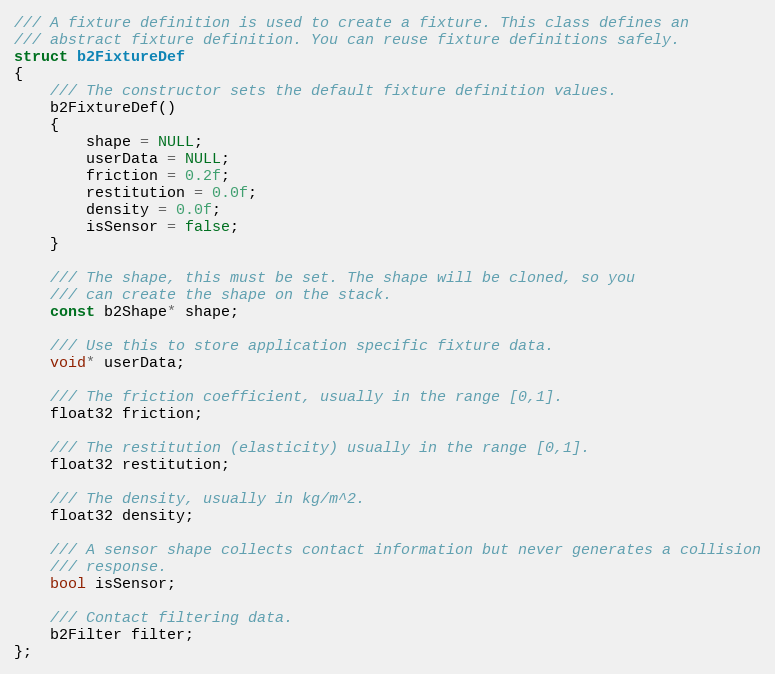
Language: C
/// A fixture definition is used to create a fixture. This class defines an
/// abstract fixture definition. You can reuse fixture definitions safely.
struct b2FixtureDef
{
	/// The constructor sets the default fixture definition values.
	b2FixtureDef()
	{
		shape = NULL;
		userData = NULL;
		friction = 0.2f;
		restitution = 0.0f;
		density = 0.0f;
		isSensor = false;
	}

	/// The shape, this must be set. The shape will be cloned, so you
	/// can create the shape on the stack.
	const b2Shape* shape;

	/// Use this to store application specific fixture data.
	void* userData;

	/// The friction coefficient, usually in the range [0,1].
	float32 friction;

	/// The restitution (elasticity) usually in the range [0,1].
	float32 restitution;

	/// The density, usually in kg/m^2.
	float32 density;

	/// A sensor shape collects contact information but never generates a collision
	/// response.
	bool isSensor;

	/// Contact filtering data.
	b2Filter filter;
};